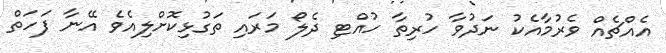
އެއްޗެއް ވެރުމާއެކު ނަދުވާ ހުރިތާ ހުއްޓި ދެލޯ މަރައި ތަގުޅިކޮށްލިއެވެ އޭނާ ފަހަތް